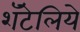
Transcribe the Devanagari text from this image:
शॅटेलिये